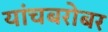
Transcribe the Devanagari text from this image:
यांचबरोबर